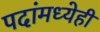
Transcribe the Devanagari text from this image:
पदांमध्येही